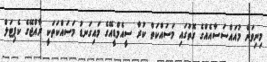
މިނިވަން މުއައްސަސާއެއްގެ ގޮތުގައި މަސައްކަތް ކުރާ ސީއެމްޑީއޭގެ މައިގަނޑު މަސައްކަތަކީ ރާއްޖޭގެ ކެޕިޓަލް